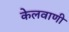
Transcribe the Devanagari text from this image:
केलवाणी